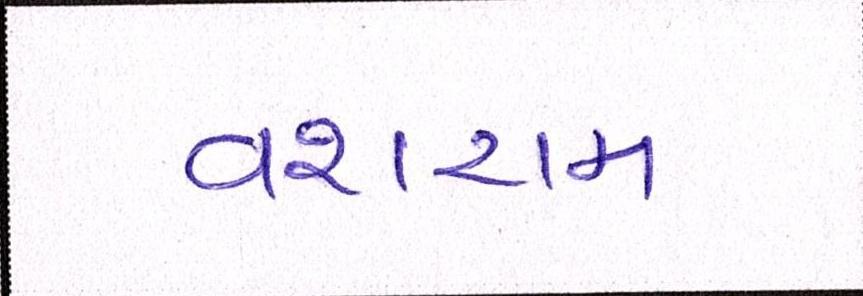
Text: વશરામ